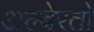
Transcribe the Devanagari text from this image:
अल्बेरतो